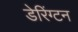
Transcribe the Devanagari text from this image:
डेरिंग्टन